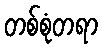
တစ်စုံတရာ